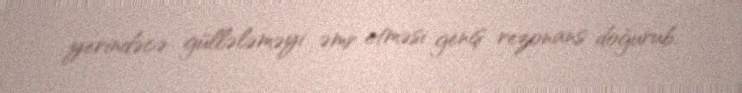
yerindəcə güllələməyi əmr etməsi geniş rezonans doğurub.